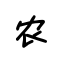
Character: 农